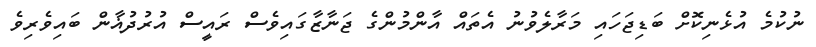
ނުކުމެ އުޅެނިކޮށް ބަޑިޖަހައި މަރާލެވުނު އެތައް އާންމުންގެ ޖަނާޒާގައިވެސް ރައީސް އުރުދުޣާން ބައިވެރިވެ